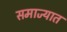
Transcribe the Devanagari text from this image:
समाज्यात